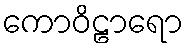
ကောဝိဠာရော